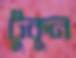
টুকুন